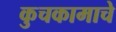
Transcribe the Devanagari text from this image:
कुचकामाचे